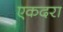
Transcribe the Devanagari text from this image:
एकदरा